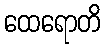
ထေရောတိ